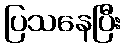
ပြသနေပြီး